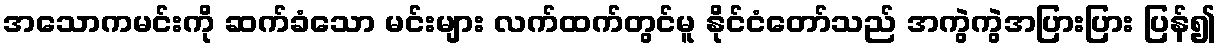
အသောကမင်းကို ဆက်ခံသော မင်းများ လက်ထက်တွင်မူ နိုင်ငံတော်သည် အကွဲကွဲအပြားပြား ပြန်၍